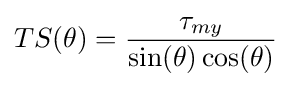
TS(\theta )={\frac {\tau _{my}}{\sin(\theta )\cos(\theta )}}